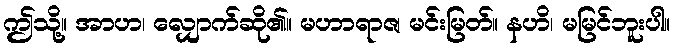
ဤသို့။ အာဟ၊ လျှောက်ဆို၏။ မဟာရာဇ၊ မင်းမြတ်။ နဟိ၊ မမြင်ဘူးပါ။